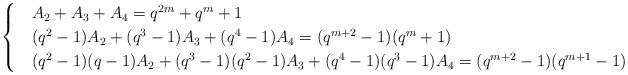
LaTeX: \begin{align*}\begin{cases}&A_{2}+A_{3}+A_{4}=q^{2m}+q^m+1 \\&(q^{2}-1)A_{2}+(q^{3}-1)A_{3}+(q^{4}-1)A_{4}=(q^{m+2}-1)(q^m+1) \\&(q^{2}-1)(q-1)A_{2}+(q^{3}-1)(q^{2}-1)A_{3}+(q^{4}-1)(q^{3}-1)A_{4}=(q^{m+2}-1)(q^{m+1}-1)\end{cases}\end{align*}